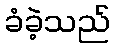
ခံခဲ့သည်